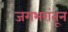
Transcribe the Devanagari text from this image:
जगभरांतून